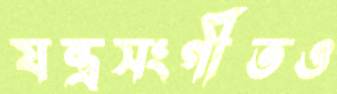
যন্ত্রসংগীতও